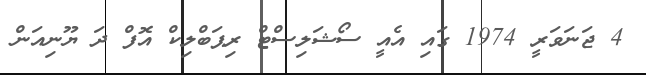
4 ޖަނަވަރީ 1974 ގައި އެއީ ސޯޝަލިސްޓް ރިޕަބްލިކް އޮފް ދަ ޔޫނިއަން